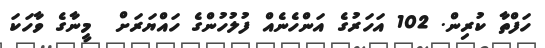
ހަފްތާ ކުރިން. 102 އަހަރުގެ އަންހެނެއް ފުލުހުންގެ ހައްޔަރަށް  މީނާގެ ވާހަކަ